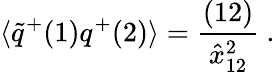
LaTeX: \langle\widetilde q^{+}(1)q^{+}(2)\rangle={\frac{(12)}{\hat{x}_{12}^{2}}}\ .